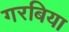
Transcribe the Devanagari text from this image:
गरबिया